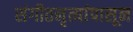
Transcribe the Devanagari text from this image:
संगीतनृत्यांपासून